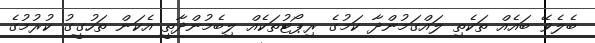
ބެލެވޭ ބައެއް ތަކެތި ލައްގަމުންދާ ކަމުގެ ރިޕޯޓުތަކެއް ލިބެމުންދާތީ އެކަން ތަހުގީގު ކުރުމުގެ